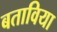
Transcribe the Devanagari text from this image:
बताविया